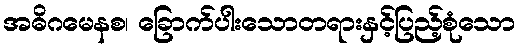
အဓိဂမေနစ၊ ခြောက်ပါးသောတရားနှင့်ပြည့်စုံသော